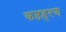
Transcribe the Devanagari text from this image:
कष्टहरण